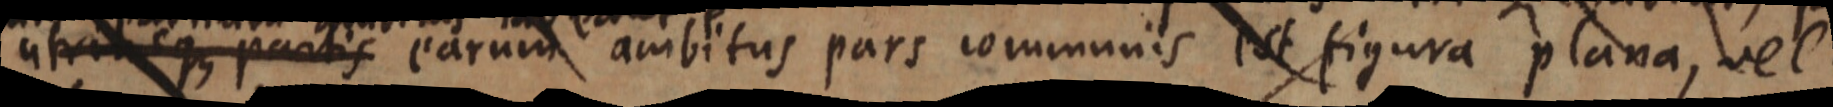
ut _ que partis earum ambitus pars communis est figura plana, vel